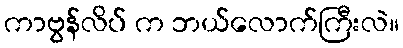
ကာဗွန်လိပ် က ဘယ်လောက်ကြီးလဲ။